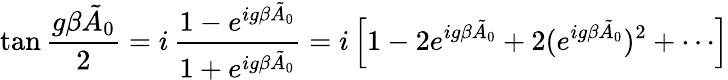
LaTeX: \tan{\frac{g\beta\tilde{A}_{0}}{2}}=i\, {\frac{1-e^{ig\beta\tilde{A}_{0}}}{1+e^{ig\beta\tilde{A}_{0}}}}=i\left[1-2e^{ig\beta\tilde{A}_{0}}+2(e^{ig\beta\tilde{A}_{0}})^{2}+\cdots\right]